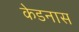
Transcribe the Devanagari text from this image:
केडनास